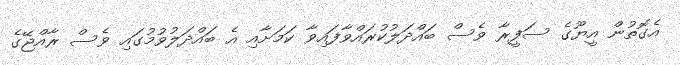
އެގޮތުން އީޔޫގެ ސަފީރާ ވެސް ބައްދަލުކުރައްވާފައިވާ ކަމަށާއި އެ ބައްދަލުވުމުގައި ވެސް ރާއްޖޭގެ